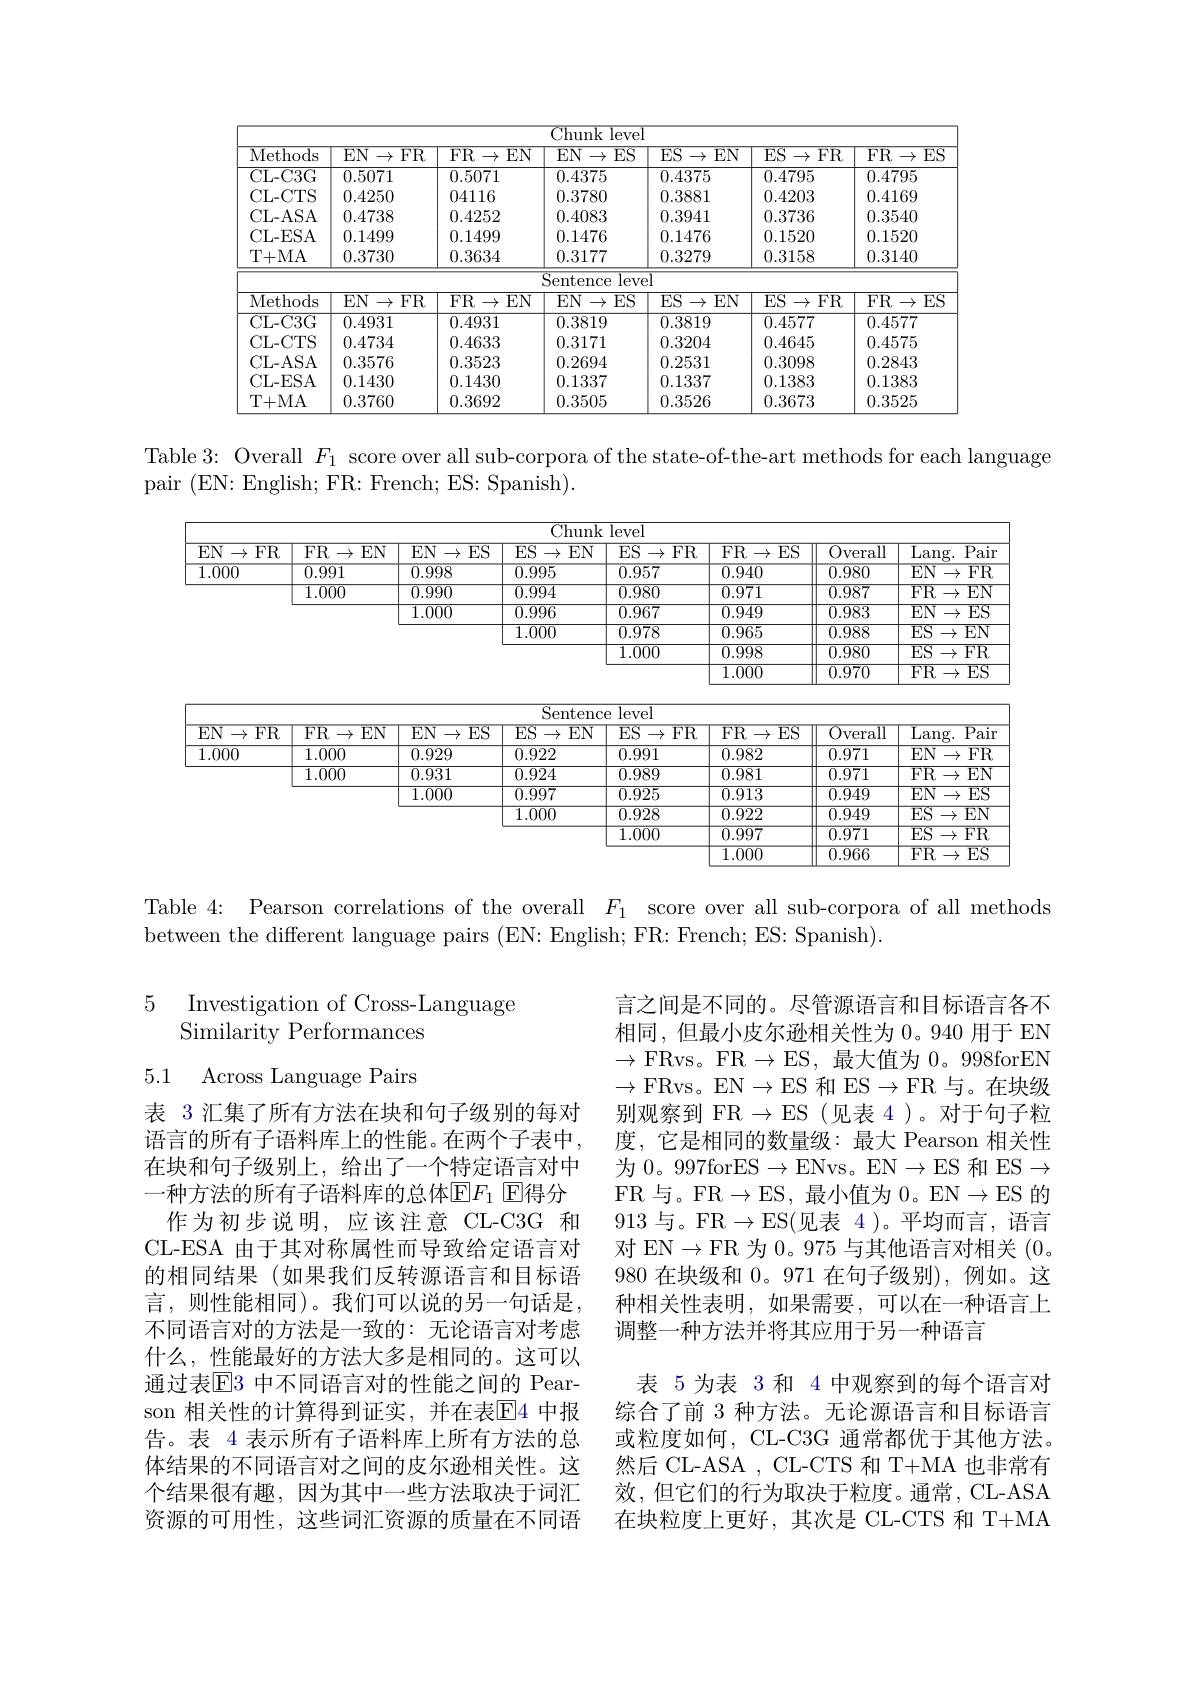
<table>
	<tbody>
		<tr>
			<th>Methods</th>
			<th>$EN$ $\to{\mathrm{FR}}$</th>
			<th>${\mathrm{FR}}\rightarrow$ $EN$</th>
			<th>$EN$ $\rightarrow$ $ES$ </th>
			<th>$ES$ $i\rightarrow$ $EN$ 1</th>
			<th>${\mathrm{ES}\to}$ $FR$ 、 1</th>
			<th>${\mathrm{FR}}\to$ $ES$</th>
		</tr>
		<tr>
			<td>CL- C3G</td>
			<td>0.5071</td>
			<td>0.5071</td>
			<td>0.4375</td>
			<td>0.4375</td>
			<td>0.4795</td>
			<td>0.4795</td>
		</tr>
		<tr>
			<td>CL- CTS</td>
			<td>0.4250</td>
			<td>04116</td>
			<td>0.3780</td>
			<td>0.3881</td>
			<td>0.4203</td>
			<td>0.4169</td>
		</tr>
		<tr>
			<td>CL- ASA</td>
			<td>0.4738</td>
			<td>0.4252</td>
			<td>0.4083</td>
			<td>0.3941</td>
			<td>0.3736</td>
			<td>0.3540</td>
		</tr>
		<tr>
			<td>CL- ESA</td>
			<td>0.1499</td>
			<td>0.1499</td>
			<td>0.1476</td>
			<td>0.1476</td>
			<td>0.1520</td>
			<td>0.1520</td>
		</tr>
		<tr>
			<td>T+ MA</td>
			<td>0.3730</td>
			<td>0.3634</td>
			<td>0.3177</td>
			<td>0.3279</td>
			<td>0.3158</td>
			<td>0.3140</td>
		</tr>
		<tr>
			<td> </td>
			<td> </td>
			<td> </td>
			<td>Sentence ${\mathrm{leve}}$</td>
			<td>1</td>
			<td> </td>
			<td> </td>
		</tr>
		<tr>
			<td>Methods</td>
			<td>$\overline{\mathrm{EN}\to\mathrm{FR}}$</td>
			<td>FR$\to$ $EN$</td>
			<td>$\overline{{\mathrm{EN}\to}}$ $ES$ </td>
			<td>$ES$ $EN$ $\rightarrow$</td>
			<td>$ES$ $\overline{{5\to\mathrm{FR}}}$</td>
			<td>$\overline{{\mathrm{FR}\rightarrow}}$ $\overline{\mathrm{ES}}$</td>
		</tr>
		<tr>
			<td>CL- C3G</td>
			<td>0.4931</td>
			<td>0.4931</td>
			<td>0.3819</td>
			<td>0.3819</td>
			<td>0.4577</td>
			<td>0.4577</td>
		</tr>
		<tr>
			<td>CL- CTS</td>
			<td>0.4734</td>
			<td>0.4633</td>
			<td>0.3171</td>
			<td>0.3204</td>
			<td>0.4645</td>
			<td>0.4575</td>
		</tr>
		<tr>
			<td>CL- ASA</td>
			<td>0.3576</td>
			<td>0.3523</td>
			<td>0.2694</td>
			<td>0.2531</td>
			<td>0.3098</td>
			<td>0.2843</td>
		</tr>
		<tr>
			<td>CL- ESA</td>
			<td>0.1430</td>
			<td>0.1430</td>
			<td>0.1337</td>
			<td>0.1337</td>
			<td>0.1383</td>
			<td>0.1383</td>
		</tr>
		<tr>
			<td>T+ MA</td>
			<td>0.3760</td>
			<td>0.3692</td>
			<td>0.3505</td>
			<td>0.3526</td>
			<td>0.3673</td>
			<td>0.3525</td>
		</tr>
	</tbody>
</table>

Table 3: Overall $F_1$ score over all sub-corpora of the state-of-the-art methods for each language
pair (EN: English; FR: French; ES: Spanish).

<table>
	<tbody>
		<tr>
			<th> </th>
			<th> </th>
			<th> </th>
			<th>Chunk</th>
			<th>level</th>
			<th> </th>
			<th> </th>
			<th> </th>
		</tr>
		<tr>
			<th>$EN$ $\rightarrow$ $FR$</th>
			<th>FR$\to$ $EN$</th>
			<th>$EN$ $ES$ $\rightarrow$</th>
			<th>$ES$ $EN$ $\rightarrow$</th>
			<th>$ES$ $s\to\operatorname{FR}$</th>
			<th>FR$\to$ $\overline{\mathrm{ES}}$ </th>
			<th>$\overline{\mathrm{Overall}}$</th>
			<th>$\overline{\mathrm{Lang.}}$ $\overline{\mathrm{Pair}}$</th>
		</tr>
		<tr>
			<td>1.000</td>
			<td>0.991</td>
			<td>0.998</td>
			<td>0.995</td>
			<td>0.957</td>
			<td>0.940</td>
			<td>$\overline{0.980}$</td>
			<td>$EN$ ${\overline{FR}}$ $\rightarrow$</td>
		</tr>
		<tr>
			<td> </td>
			<td>1.000</td>
			<td>0.990</td>
			<td>0.994</td>
			<td>0.980</td>
			<td>0.971</td>
			<td>0.987</td>
			<td>$\overline{{\mathrm{FR}\rightarrow}}$ $EN$</td>
		</tr>
		<tr>
			<td> </td>
			<td> </td>
			<td>1.000</td>
			<td>0.996</td>
			<td>0.967</td>
			<td>0.949</td>
			<td>0.983</td>
			<td>${\mathrm{EN}}\to$ $ES$</td>
		</tr>
		<tr>
			<td> </td>
			<td> </td>
			<td> </td>
			<td>1.000</td>
			<td>0.978</td>
			<td>0.965</td>
			<td>0.988</td>
			<td>$ES$ $\rightarrow$ $EN$</td>
		</tr>
		<tr>
			<td> </td>
			<td> </td>
			<td> </td>
			<td> </td>
			<td></td>
			<td>998</td>
			<td> </td>
			<td> </td>
		</tr>
	</tbody>
</table>
$\begin{array}{|l}\hline&1.000\\\hline&1.000\\\end{array}$
$\begin{array}{|cccc}&0.970&&&&\\\hline\end{array}$

$\overline{\mathrm{Sentence~level}}$

$\boxed{\mathrm{EN}\to\mathrm{FR}\:\mathrm{FR}\to\mathrm{EN}\:\mathrm{EN}\to\mathrm{ES}\:\mathrm{ES}\to\mathrm{EN}\:\mathrm{ES}\to\mathrm{FR}\:\mathrm{FR}\to\mathrm{ES}\:\mathrm{Overall}\:\mathrm{Lang.~Pair}}$

$\boxed{1.000}$

$\boxed{0.929}$

$\boxed{\:0.991}$

$\boxed{\:0.971}$

$\boxed{\begin{array}{c}{1.000}\\\hline\end{array}}$

$\boxed{\begin{array}{c}\boxed{0.982}\\\hline\end{array}}$

$\boxed{\mathrm{EN\to FR}}$

$\begin{array}{|c|c}\hline0.922\\\hline0.924\end{array}$

$\overline{\mathrm{FR}\rightarrow\mathrm{EN}}$

$\begin{array}{|c}\hline1.000\\\hline\end{array}$

$\boxed{0.931}$

$\boxed{0.989}$

$\boxed{0.981}$

$\boxed{0.971}$

$\begin{array}{|c}\hline1.000\\\hline\end{array}$

$\boxed{\:0.997}$

$\overline{\mathrm{EN}\to\mathrm{ES}}$

$\boxed{\:0.925}$

$\boxed{\:0.949}$

$\boxed{\begin{array}{|c}0.913\\\hline\end{array}}$

$\boxed{0.922}$

$\boxed{0.949}$

$\begin{array}{c|c}\hline1.000\\\hline\end{array}$

$\boxed{\:0.928}$

$\boxed{\mathrm{ES}\to\mathrm{EN}}$

$\begin{array}{|c}\hline1.000\\\hline\end{array}$

$\boxed{\:0.997}$

$\boxed{0.971}$

$ES\to FR$

$\begin{array}{|c}\hline1.000\\\hline\end{array}$

$\underline{12.966}$

$\boxed{\mathrm{FR\to ES}}$

Table 4: Pearson correlations of the overall $F_{1}$ score over all sub-corpora of all methods
between the different language pairs (EN: English; FR: French; ES: Spanish).

### 5 Investigation of Cross-Language Similarity Performances

5.1 Across Language Pairs

言之间是不同的。尽管源语言和目标语言各不相同，但最小皮尔逊相关性为 0。940 用于 EN $\to$FRvs。FR$\to$ES,最大值为0。998forEN $\to$FRvs。EN$\to$ES 和 ES$\to$FR 与。在块级别观察到 FR$\to$ES(见表 4)。对于句子粒度，它是相同的数量级：最大 Pearson 相关性为 0。997forES$\to$ENvs。EN$\to$ES 和 ES$\to$ FR 与。FR$\to$ES,最小值为 0。EN$\to$ES 的913 与。FR$\to$ES(见表 4)。平均而言，语言对 EN$\to$FR 为 0。975 与其他语言对相关 (0。980在块级和0。971 在句子级别),例如。这种相关性表明，如果需要，可以在一种语言上调整一种方法并将其应用于另一种语言
表 5 为表 3 和 4 中观察到的每个语言对综合了前 3 种方法。无论源语言和目标语言或粒度如何，CL-C3G 通常都优于其他方法。然后 CL-ASA , CL-CTS 和 T+MA 也非常有效，但它们的行为取决于粒度。通常，CL-ASA 在块粒度上更好，其次是 CL-CTS 和 T+MA

表 3 汇集了所有方法在块和句子级别的每对语言的所有子语料库上的性能。在两个子表中， 在块和句子级别上，给出了一个特定语言对中一种方法的所有子语料库的总体$\overline{\mathrm{E}}F_1$ 回得分
作为初步说明，应该注意 CL-C3G 和CL-ESA 由于其对称属性而导致给定语言对的相同结果(如果我们反转源语言和目标语言，则性能相同)。我们可以说的另一句话是， 不同语言对的方法是一致的：无论语言对考虑什么，性能最好的方法大多是相同的。这可以通过表$\mathbb{E}$3 中不同语言对的性能之间的 Pearson 相关性的计算得到证实，并在表$\overline{\mathrm{E}}$4 中报告。表 4 表示所有子语料库上所有方法的总体结果的不同语言对之间的皮尔逊相关性。这个结果很有趣，因为其中一些方法取决于词汇资源的可用性，这些词汇资源的质量在不同语